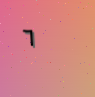
٦